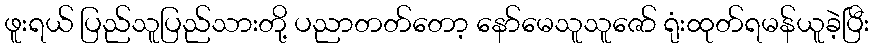
ဖူးရယ် ပြည်သူပြည်သားတို့ ပညာတတ်တော့ နော်မေသူသူဇော် ရုံးထုတ်ရမန်ယူခဲ့ပြီး